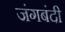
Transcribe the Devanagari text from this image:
जंगबंदी